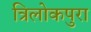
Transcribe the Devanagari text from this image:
त्रिलोकपुरा